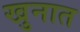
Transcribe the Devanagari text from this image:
खुनात